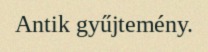
Antik gyűjtemény.